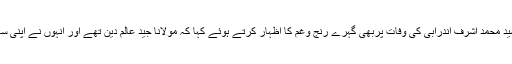
ادھر سید علی گیلانی نے معروف عالم دین سید محمد اشرف اندرابی کی وفات پربھی گہرے رنج وغم کا اظہار کرتے ہوئے کہا کہ مولانا جید عالم دین تھے اور انہوں نے اپنی ساری زندگی تبلیغ دین کے لیے وقف کی تھی۔